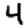
Digit: 4